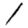
Digit: 1